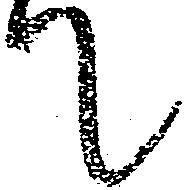
て